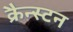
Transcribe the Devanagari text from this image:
क्रैन्स्टन